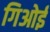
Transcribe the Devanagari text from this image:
गिओई